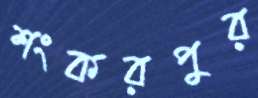
শংকরপুর